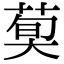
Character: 𦳣